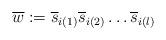
LaTeX: \begin{align*}\overline{w}:=\overline{s}_{i(1)}\overline{s}_{i(2)}\dots \overline{s}_{i(l)}\end{align*}